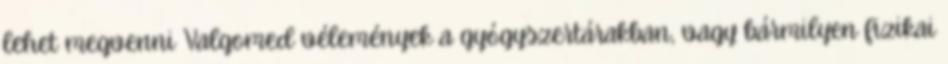
lehet megvenni Valgomed vélemények a gyógyszertárakban, vagy bármilyen fizikai